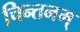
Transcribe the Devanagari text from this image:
चिन्तनम्